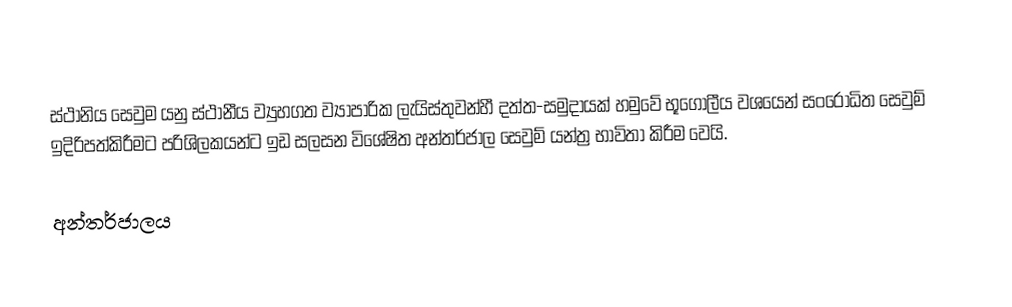
ස්ථානිය සෙවුම යනු  ස්ථානීය ව්‍යුහගත ව්‍යාපාරික ලැයිස්තුවන්හී  දත්ත-සමුදායක්  හමුවේ භූගෝලීය වශයෙන් සංරෝධිත සෙවුම් ඉදිරිපත්කිරීමට පරිශිලකයන්ට ඉඩ සලසන විශේෂිත අන්තර්ජාල සෙවුම් යන්ත්‍ර භාවිතා කිරීම වෙයි.

අන්තර්ජාලය